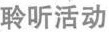
聆听活动